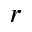
r